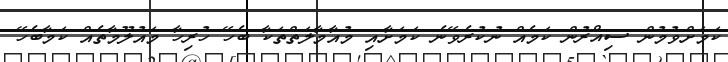
ކަމަށްވުމުން ސިއްރުން ކަމެއް ނުކުރެވޭނެ ކަމަށާއި މުއާމާލަތްތަކާ ބެހޭ ހުރިހާ މައުލޫމާތެއް ކަމާބެހޭ